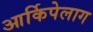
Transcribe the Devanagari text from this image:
आर्किपेलाग